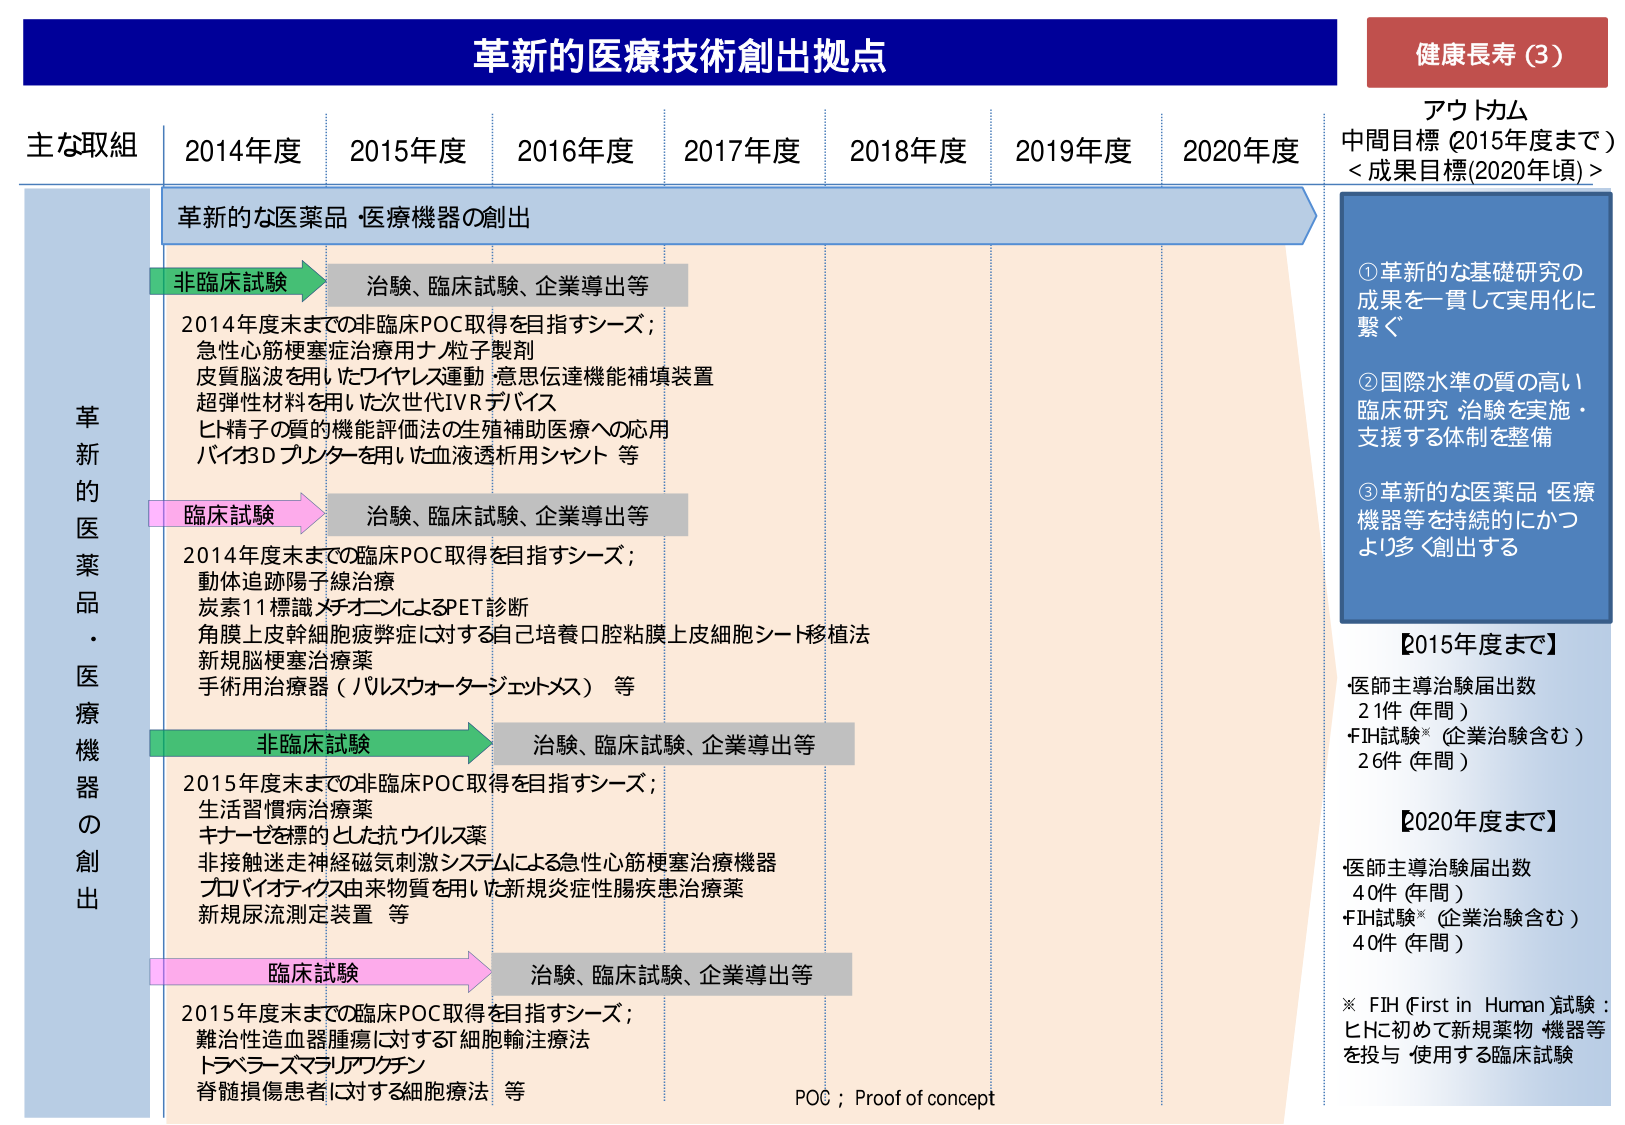
革新的医療技術創出拠点
健康長寿（3）
アウトカム
中間目標（2015年度まで）
＜成果目標(2020年頃)＞

主な取組　2014年度　2015年度　2016年度　2017年度　2018年度　2019年度　2020年度

革新的な医薬品・医療機器の創出

非臨床試験　→　治験、臨床試験、企業導出等
2014年度末までの非臨床POC取得を目指すシーズ；
急性心筋梗塞症治療用ナノ粒子製剤
皮質脳波を用いたフィアレス運動・意思伝達機能補填装置
超弾性材料を用いた次世代IVRデバイス
ヒト精子の質の機能評価法の生殖補助医療への応用
バイオ3Dプリンターを用いた血液透析用シャント 等

臨床試験　→　治験、臨床試験、企業導出等
2014年度末までの臨床POC取得を目指すシーズ；
動体追跡陽子線治療
炭素11標識メチオニンによるPET診断
角膜上皮幹細胞疲弊症に対する自己培養口腔粘膜上皮細胞シート移植法
新規脳梗塞治療薬
手術用治療器（パルスウォータージェットメス） 等

非臨床試験　→　治験、臨床試験、企業導出等
2015年度末までの非臨床POC取得を目指すシーズ；
生活習慣病治療薬
キナーゼを標的とした抗ウイルス薬
非接触迷走神経磁気刺激システムによる急性心筋梗塞治療機器
プロバイオティクス由来物質を用いた新規炎症性腸疾患治療薬
新規尿流測定装置 等

臨床試験　→　治験、臨床試験、企業導出等
2015年度末までの臨床POC取得を目指すシーズ；
難治性造血器腫瘍に対するST細胞輸注療法
トペラーゼマラリアワクチン
脊髄損傷患者に対する細胞療法 等

①革新的な基礎研究の成果を一貫して実用化に繋ぐ
②国際水準の質の高い臨床研究・治験を実施・支援する体制を整備
③革新的な医薬品・医療機器等を持続的にかつより多く創出する

【2015年度まで】
・医師主導治験届出数　21件（年間）
・FIH試験※（企業治験含む）　26件（年間）

【2020年度まで】
・医師主導治験届出数　40件（年間）
・FIH試験※（企業治験含む）　40件（年間）

※ FIH（First in Human）試験：ヒトに初めて新規薬物・機器等を投与・使用する臨床試験

POC；Proof of concept